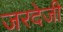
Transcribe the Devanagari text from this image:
जरदेजी